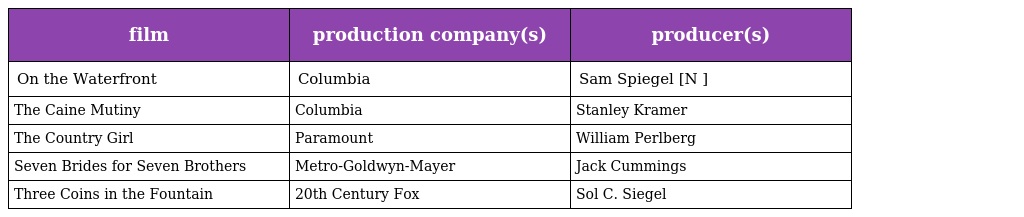
| film | production company(s) | producer(s) |
 | --- | --- | --- |
 | On the Waterfront | Columbia | Sam Spiegel [N ] |
 | The Caine Mutiny | Columbia | Stanley Kramer |
 | The Country Girl | Paramount | William Perlberg |
 | Seven Brides for Seven Brothers | Metro-Goldwyn-Mayer | Jack Cummings |
 | Three Coins in the Fountain | 20th Century Fox | Sol C. Siegel |